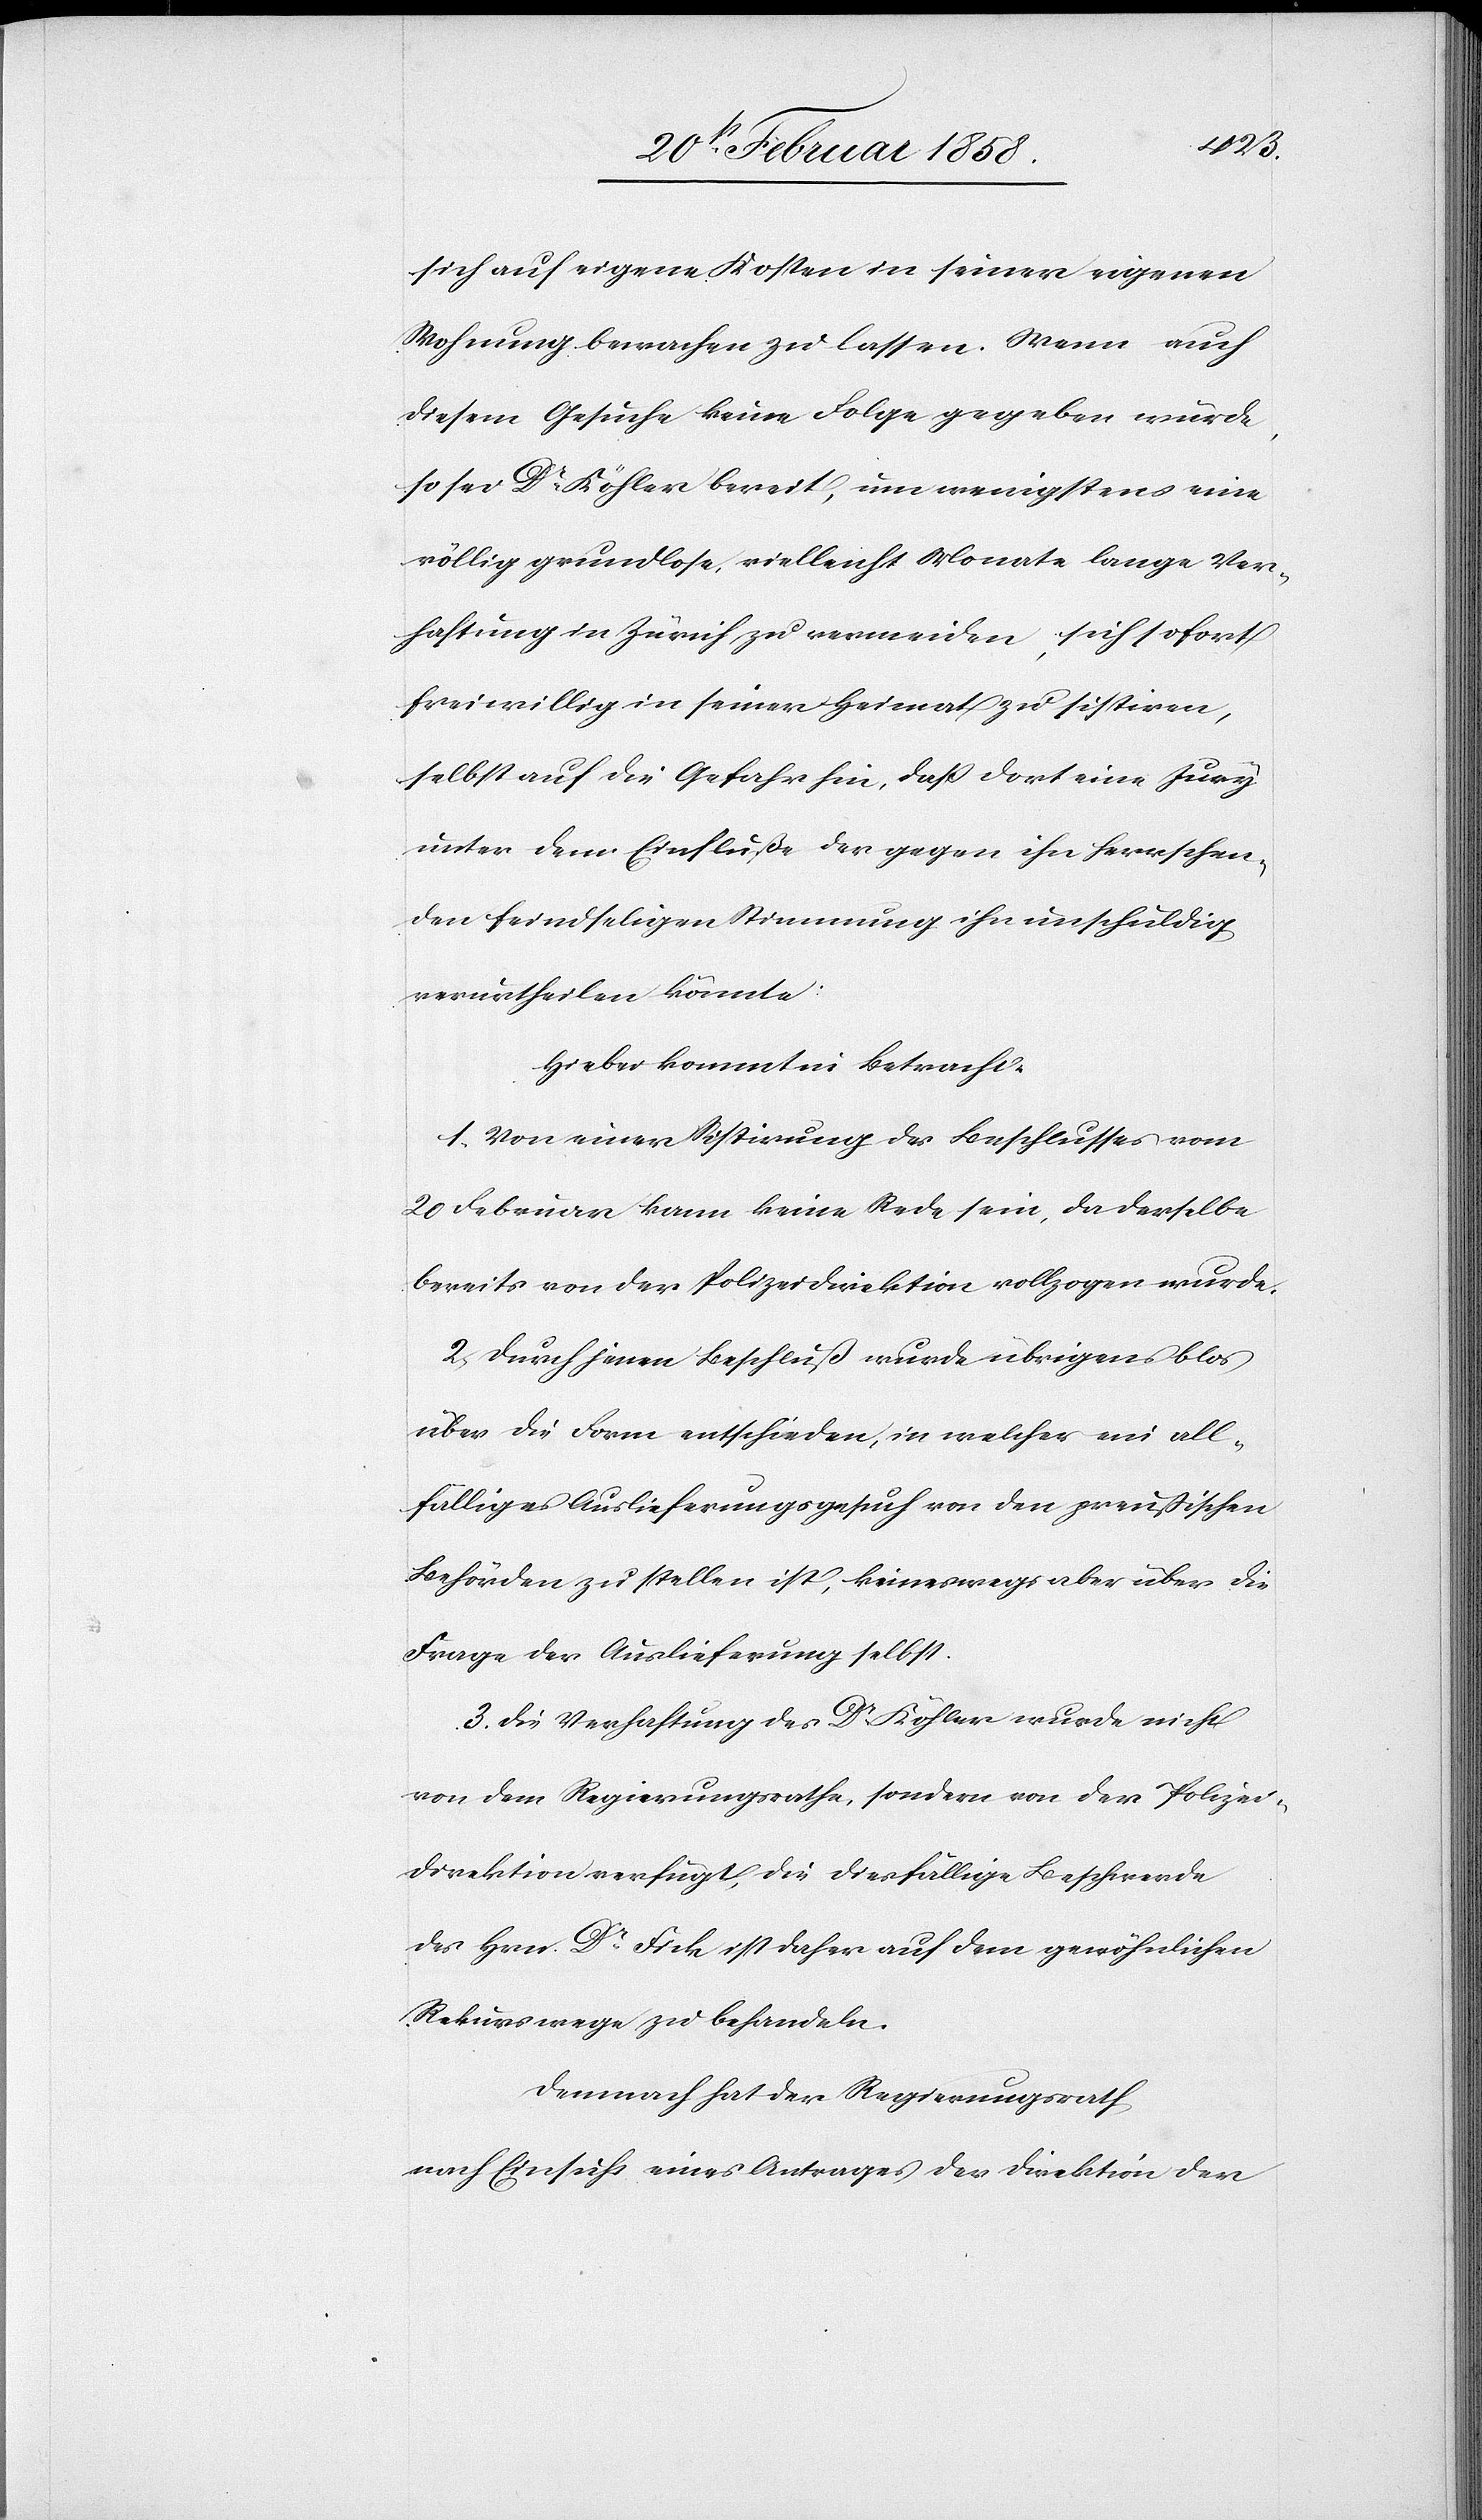
sich auf eigene Kosten in seiner eigenen
Wohnung bewachen zu lassen. Wenn auch
diesem Gesuche keine Folge gegeben würde,
so sei Dr Köhler bereit, um wenigstens eine
völlig grundlose, vielleicht Monate lange Ver¬
haftung in Zürich zu vermeiden, sich sofort
freiwillig in seiner Heimat zu sistiren,
selbst auf die Gefahr hin, daß dort eine Jury
unter dem Einfluße der gegen ihn herrschen¬
den feindseligen Stimmung ihn unschuldig
verurtheilen könnte.
Hiebei kommt in Betracht:
1. Von einer Sistirung des Beschlusses vom
20 Februar kann keine Rede sein, da derselbe
bereits von der Polizeidirektion vollzogen wurde.
2. Durch einen Beschluß wurde übrigens blos
über die Form entschieden, in welcher ein all¬
fälliges Auslieferungsgesuch von den preußischen
Behörden zu stellen ist, keineswegs aber über die
Frage der Auslieferung selbst.
3. Die Verhaftung des Dr Köhler wurde nicht
von dem Regierungsrathe, sondern von der Polizei¬
direktion verfügt, die diesfällige Beschwerde
des Hrn. Dr Fick ist daher auf dem gewöhnlichen
Rekurswege zu behandeln.
Demnach hat der Regierungsrath,
nach Einsicht eines Antrages der Direktion der